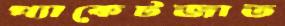
প্যাকেটজাত